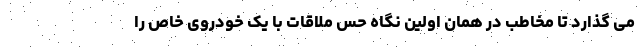
می گذارد تا مخاطب در همان اولین نگاه حس ملاقات با یک خودروی خاص را